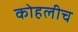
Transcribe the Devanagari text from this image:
कोहलीच